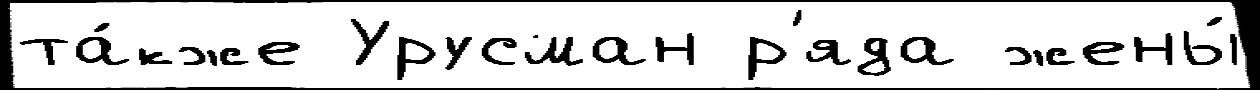
та́кже Урусман р'яда жены́